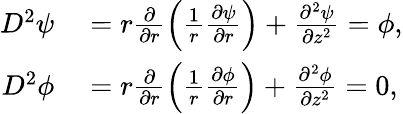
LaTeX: \begin{array}{rl}{D^{2}\psi}&{{}=r\frac{\partial}{\partial r}\left(\frac{1}{r}\frac{\partial\psi}{\partial r}\right)+\frac{\partial^{2}\psi}{\partial z^{2}}=\phi,}\\ {D^{2}\phi}&{{}=r\frac{\partial}{\partial r}\left(\frac{1}{r}\frac{\partial\phi}{\partial r}\right)+\frac{\partial^{2}\phi}{\partial z^{2}}=0,}\end{array}